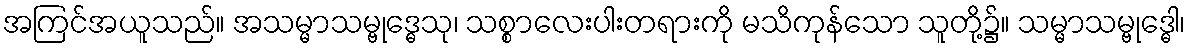
အကြင်အယူသည်။ အသမ္မာသမ္ဗုဒ္ဓေသု၊ သစ္စာလေးပါးတရားကို မသိကုန်သော သူတို့၌။ သမ္မာသမ္ဗုဒ္ဓေါ၊